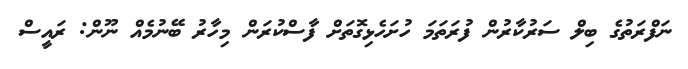
ނަފްރަތުގެ ބިލް ސަރުކާރުން ފުރަތަމަ ހުށަހެޅިގޮތަށް ފާސްކުރަން މިހާރު ބޭނުމެއް ނޫން: ރައީސް